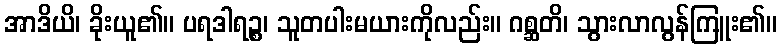
အာဒိယိ၊ ခိုးယူ၏။ ပရဒါရဉ္စ၊ သူတပါးမယားကိုလည်း။ ဂစ္ဆတိ၊ သွားလာလွန်ကြူး၏။